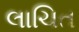
લાચિત